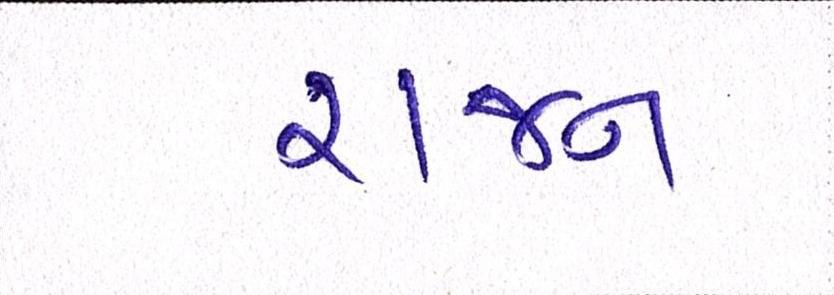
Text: રાજન